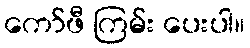
ကော်ဖီ ကြမ်း ပေးပါ။